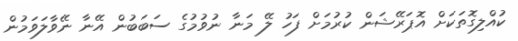
ކުއްލިގޮތަކަށް އޮޕަރޭޝަން ކުރުމަށް ފަހު ލޭ މަނާ ނުވުމުގެ ސަބަބުން އޭނާ ނޭވާލަވަމުން